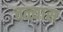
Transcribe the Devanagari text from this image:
तळ्यास